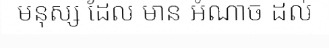
មនុស្ស ដែល មាន អំណាច ដល់